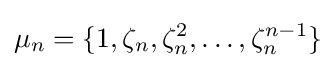
\mu _{n}=\{1,\zeta _{n},\zeta _{n}^{2},\dots ,\zeta _{n}^{n-1}\}